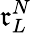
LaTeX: \mathfrak{r}_{L}^{N}